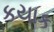
કયાક